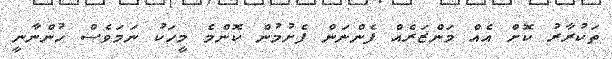
ތަކުރާރު ކޮށް އެއް މަންޒަރެއް ފެންނަން ފެށުމުން ކޮންމެ މީހަކު ނަމަވެސް ހުންނާނީ